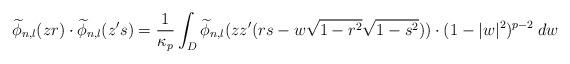
LaTeX: \begin{align*}\widetilde\phi_{n,l}(zr)\cdot \widetilde\phi_{n,l}(z^\prime s)=\frac{1}{\kappa_p}\int_{D} \widetilde\phi_{n,l}(zz^\prime (rs-w\sqrt{1- r^2} \sqrt{1- s^2} ))\cdot(1-|w|^2)^{p-2}\> dw\end{align*}